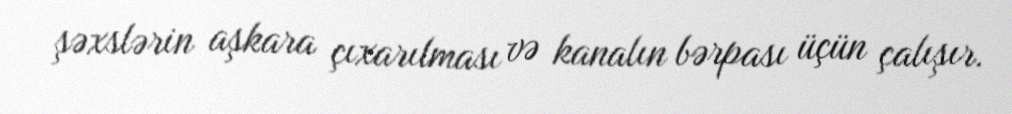
şəxslərin aşkara çıxarılması və kanalın bərpası üçün çalışır.